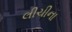
લીચીના